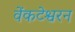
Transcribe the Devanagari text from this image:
वेंकटेश्वरन